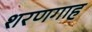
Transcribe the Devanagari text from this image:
शरणगाह